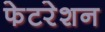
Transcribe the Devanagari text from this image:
फेटरेशन